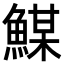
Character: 𩹮